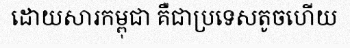
ដោយសារកម្ពុជា គឺជាប្រទេសតូចហើយ